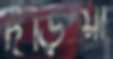
দড়িয়া